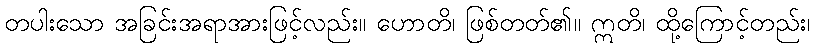
တပါးသော အခြင်းအရာအားဖြင့်လည်း။ ဟောတိ၊ ဖြစ်တတ်၏။ ဣတိ၊ ထို့ကြောင့်တည်း၊